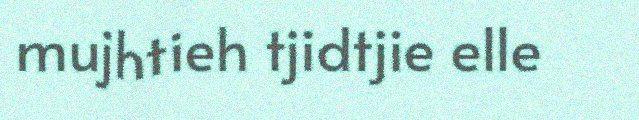
mujhtieh tjidtjie elle